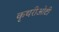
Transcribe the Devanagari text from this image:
कृथरीओटी